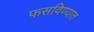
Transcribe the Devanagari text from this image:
फसविण्यात